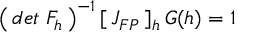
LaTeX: \left( \, d e t \; F _ { h } \, \right) ^ { - 1 } [ \, J _ { F P } \, ] _ { h } \, G ( h ) = 1